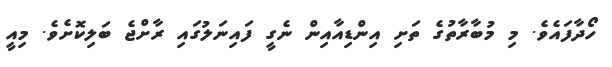
ހޯދާފައެވެ. މި މުބާރާތުގެ ތަށި އިންޑިއާއިން ނެގީ ފައިނަލުގައި ރާށްޖެ ބަލިކޮށެވެ. މިއީ